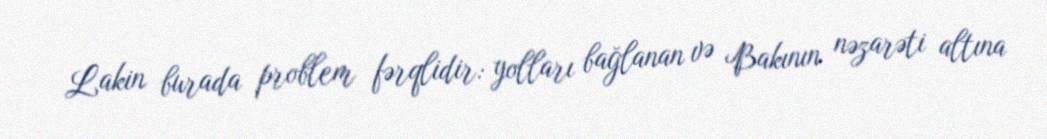
Lakin burada problem fərqlidir: yolları bağlanan və Bakının nəzarəti altına